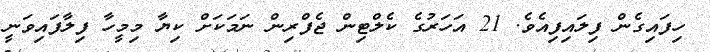
ހިފައިގެން ފިލައިފިއެވެ. 21 އަހަރުގެ ކެލްޓިން ޖެފްރިން ނަމަކަށް ކިޔާ މިމީހާ ފިލާފައިވަނީ